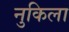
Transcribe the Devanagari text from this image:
नुकिला